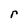
Character: r